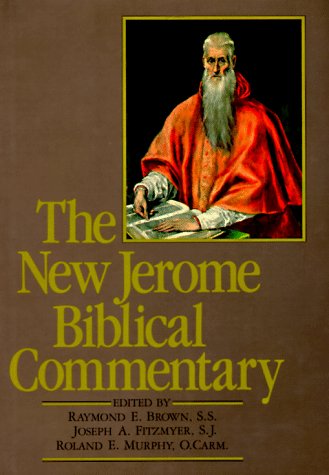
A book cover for The New Jerome Biblical Commentary; Raymond E. Brown S.S; Reference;